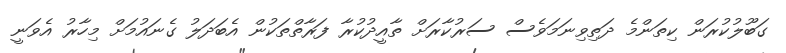
ގަބޫލުކުރަން ކިތަންމެ ދަތިވިނަމަވެސް ސަރުކާރަށް ތާއީދުކުރާ ފަރާތްތަކުން އެބަދަލު ގެނައުމަށް މިހާރު އެވަނީ